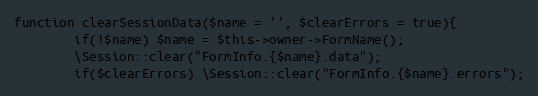
Language: PHP
function clearSessionData($name = '', $clearErrors = true){
		if(!$name) $name = $this->owner->FormName();
		\Session::clear("FormInfo.{$name}.data");
		if($clearErrors) \Session::clear("FormInfo.{$name}.errors");